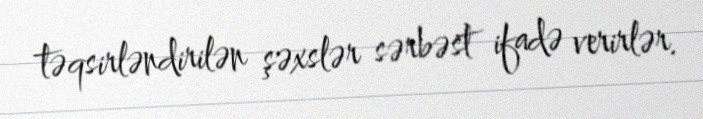
təqsirləndirilən şəxslər sərbəst ifadə verirlər.